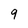
Character: 9